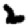
Digit: 2